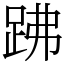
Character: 𧿳